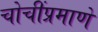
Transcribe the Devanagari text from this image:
चोचींप्रमाणे